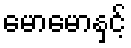
မောမောနှင့်